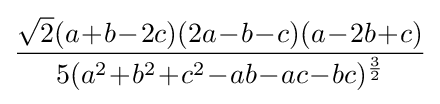
{\frac {{\sqrt {2}}(a\!+\!b\!-\!2c)(2a\!-\!b\!-\!c)(a\!-\!2b\!+\!c)}{5(a^{2}\!+\!b^{2}\!+\!c^{2}\!-\!ab\!-\!ac\!-\!bc)^{\frac {3}{2}}}}